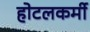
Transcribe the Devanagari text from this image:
होटलकर्मी